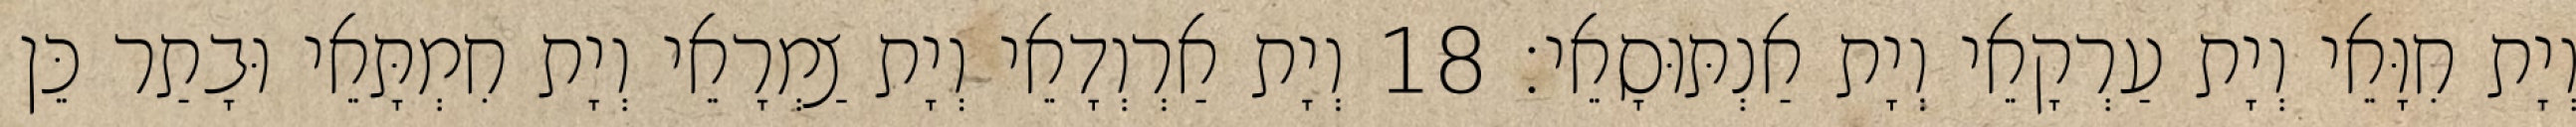
וְיָת חִוָּאֵי וְיָת עַרְקָאֵי וְיָת אַנְתּוּסָאֵי׃ 18 וְיָת אַרְוְדָאֵי וְיָת צַמְרָאֵי וְיָת חִמְתָּאֵי וּבָתַר כֵּן